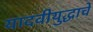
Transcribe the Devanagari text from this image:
यादवीयुद्धाचे